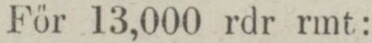
För 13,000 rdr rmt: